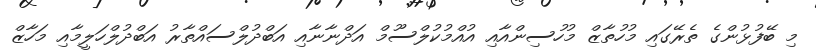
މި ބޭފުޅުންގެ ތެރޭގައި މުހުތާޒް މުހުސިންއާއި އުއްމުކުލްސޫމް އަދްނާނާއި އަބްދުލްސައްތާރު އަބްދުލްހަލީމާއި މަހާޒް